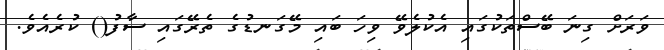
ވަރަށް ގިނަ ބޭސްތަކުގައި އެކުލެވޭ ވިހަ ބައި މޭގަނޑުގެ ތެރޭގައި ސާފު() ކުރެއެވެ.